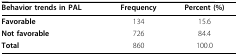
<table><thead><tr><td><b>Behavior trends in PAL</b></td><td><b>Frequency</b></td><td><b>Percent (%)</b></td></tr></thead><tbody><tr><td><b>Favorable</b></td><td>134</td><td>15.6</td></tr><tr><td><b>Not favorable</b></td><td>726</td><td>84.4</td></tr><tr><td><b>Total</b></td><td>860</td><td>100.0</td></tr></tbody></table>